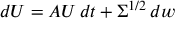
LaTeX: d U = A U \, d t + \Sigma ^ { 1 / 2 } \, d w